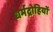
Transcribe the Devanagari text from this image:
धर्मद्रोहियों